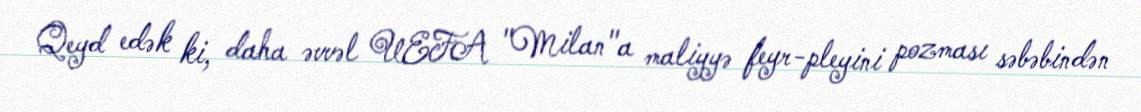
Qeyd edək ki, daha əvvəl UEFA "Milan"a maliyyə feyr-pleyini pozması səbəbindən